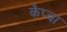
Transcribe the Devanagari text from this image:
कैप्चा